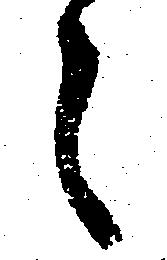
之